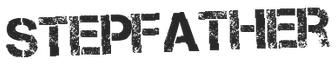
STEPFATHER